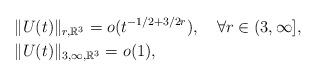
LaTeX: \begin{align*}&\|U(t)\|_{r,\mathbb R^3}=o(t^{-1/2+3/2r}), \quad\forall r\in (3,\infty],\\&\|U(t)\|_{3,\infty,\mathbb R^3}=o(1),\end{align*}